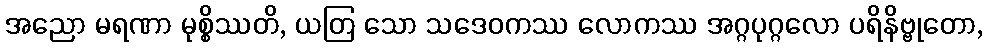
အညော မရဏာ မုစ္စိဿတိ, ယတြ သော သဒေဝကဿ လောကဿ အဂ္ဂပုဂ္ဂလော ပရိနိဗ္ဗုတော,